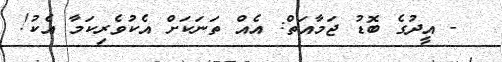
- އީދުގެ ބޮޑު ޖަމާއަތް: އެއް ތަނަކަށް އެކުވެރިކަމާ އެކު!